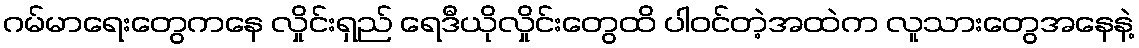
ဂမ်မာရေးတွေကနေ လှိုင်းရှည် ရေဒီယိုလှိုင်းတွေထိ ပါဝင်တဲ့အထဲက လူသားတွေအနေနဲ့